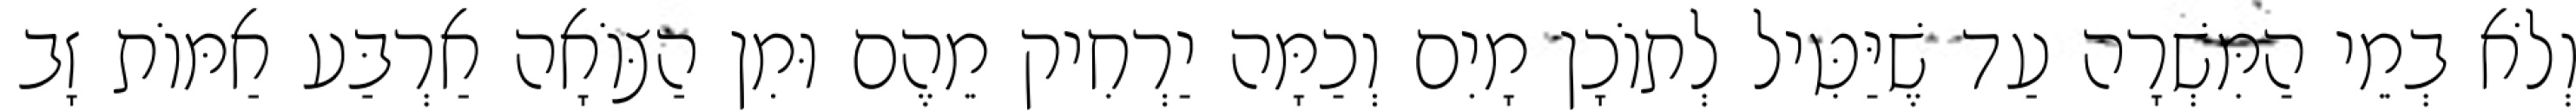
וְלֹא בְמֵי הַמִּשְׁרָה עַד שֶׁיַּטִּיל לְתוֹכָן מָיִם וְכַמָּה יַרְחִיק מֵהֶם וּמִן הַצּוֹאָה אַרְבַּע אַמּוֹת זָב